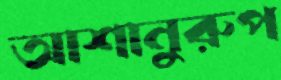
আশানুরুপ